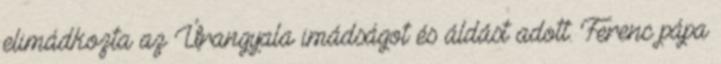
elimádkozta az Úrangyala imádságot és áldást adott. Ferenc pápa